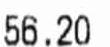
56.20